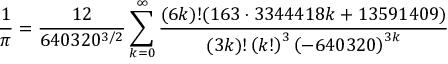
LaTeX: { \frac { 1 } { \pi } } = { \frac { 1 2 } { 6 4 0 3 2 0 ^ { 3 / 2 } } } \sum _ { k = 0 } ^ { \infty } { \frac { ( 6 k ) ! ( 1 6 3 \cdot 3 3 4 4 4 1 8 k + 1 3 5 9 1 4 0 9 ) } { ( 3 k ) ! \left( k ! \right) ^ { 3 } \left( - 6 4 0 3 2 0 \right) ^ { 3 k } } }